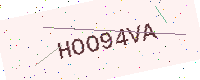
Text: HOO94VA